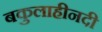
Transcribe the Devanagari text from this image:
बकुलाहीनदी